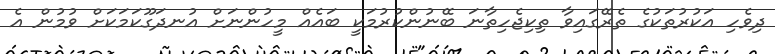
ދިވެހި އަކުރުތަކުގެ ތެރޭގައިވާ ތިކިޖެހިތާނަ ބޭނުންކުރުމަކީ ބައެއް މީހުންނަށް އުނދަގޫކަމަކަށް ވުމުން އެ